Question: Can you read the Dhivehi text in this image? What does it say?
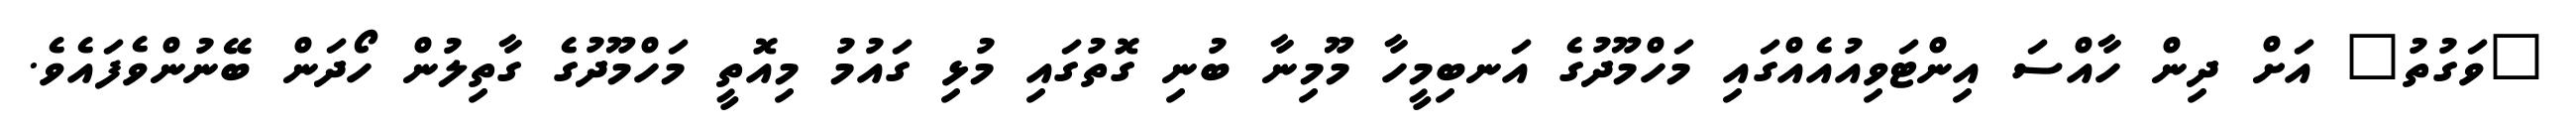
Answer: "ވަގުތު" އަށް ދިން ހާއްސަ އިންޓަވިއުއެއްގައި މަހްމޫދުގެ އަނބިމީހާ މޫމިނާ ބުނި ގޮތުގައި މުޅި ގައުމު މިއޮތީ މަހްމޫދުގެ ގާތިލުން ހޯދަން ބޭނުންވެފައެވެ.